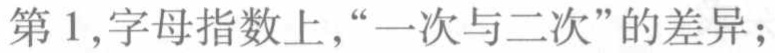
第1,字母指数上,“一次与二次”的差异;